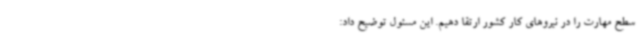
سطح مهارت را در نیروهای کار کشور ارتقا دهیم. این مسئول توضیح داد: